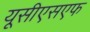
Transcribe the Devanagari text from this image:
यूसीएसएफ